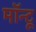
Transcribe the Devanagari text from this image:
मॉन्टू